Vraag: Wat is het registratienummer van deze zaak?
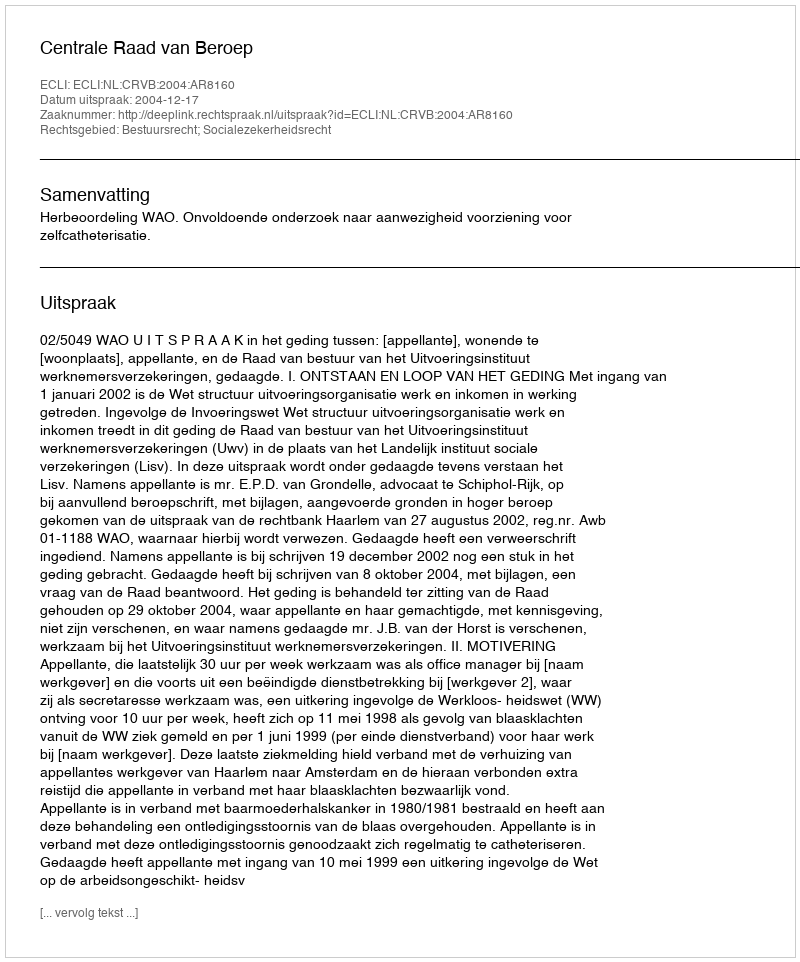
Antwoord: http://deeplink.rechtspraak.nl/uitspraak?id=ECLI:NL:CRVB:2004:AR8160